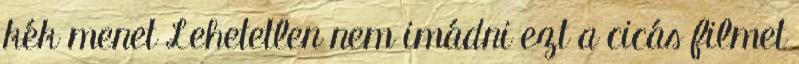
kék menet Lehetetlen nem imádni ezt a cicás filmet